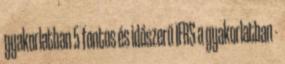
gyakorlatban 5 fontos és időszerű IFRS a gyakorlatban -